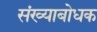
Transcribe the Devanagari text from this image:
संख्याबोधक